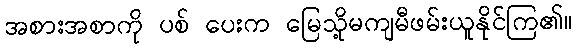
အစားအစာကို ပစ် ပေးက မြေသို့မကျမီဖမ်းယူနိုင်ကြ၏။